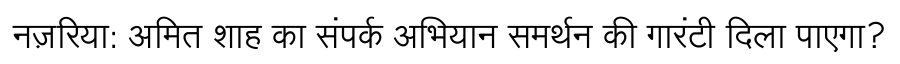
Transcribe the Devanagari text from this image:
नज़रिया: अमित शाह का संपर्क अभियान समर्थन की गारंटी दिला पाएगा?